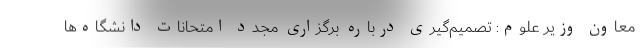
معاون وزیر علوم: تصمیم‌گیری درباره برگزاری مجدد امتحانات دانشگاه‌ها